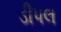
ડીપલ